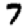
Digit: 7